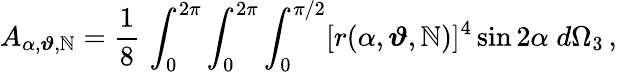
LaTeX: A_{\alpha,\boldsymbol{\vartheta},\mathbb{N}}=\frac{{1}}{{8}}\, \int_{0}^{2\pi}\int_{0}^{2\pi}\int_{0}^{\pi/2}[r(\alpha,\boldsymbol{\vartheta},\mathbb{N})]^{4}\sin2\alpha\; d\Omega_{3}\, ,